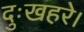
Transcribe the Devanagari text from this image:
दुःखहरे।